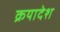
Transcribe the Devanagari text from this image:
क्रयादेश